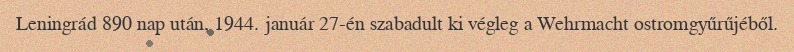
Leningrád 890 nap után, 1944. január 27-én szabadult ki végleg a Wehrmacht ostromgyűrűjéből.